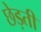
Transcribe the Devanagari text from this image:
छेड़ती